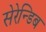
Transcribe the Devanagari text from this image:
सेरेन्डिब